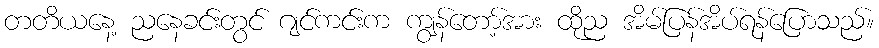
တတိယနေ့ ညနေခင်းတွင် ဂျင်ကင်းက ကျွန်တော့်အား ထိုည အိမ်ပြန်အိပ်ရန်ပြောသည်။